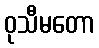
ဝုသီမတော